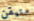
متيقن